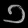
Digit: ၁